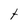
Character: t